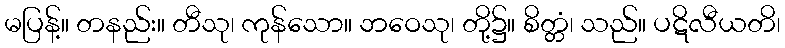
မပြန့်။ တနည်း။ တီသု၊ ကုန်သော။ ဘဝေသု၊ တို့၌။ စိတ္တံ၊ သည်။ ပဋိလီယတိ၊